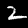
Digit: 2